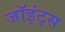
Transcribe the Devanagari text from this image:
जॉइंट्स